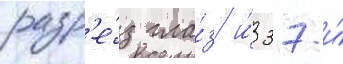
разр'е́з гла́з и́ 37-и́